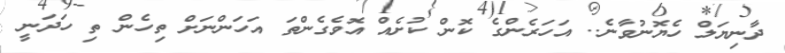
ދާނިޔަލް ހެޔޮނުވާނެ.. އަހަރެންގެ ކޮން ކުށެއް އޮވެގެންތަ އަހަންނަށް ތިހެން ތި ހަދަނީ